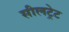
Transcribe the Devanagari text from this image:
सीलट्रेट